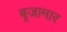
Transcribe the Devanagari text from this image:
बृजामार